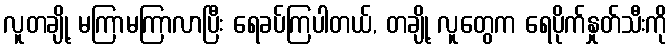
လူတချို့ မကြာမကြာလာပြီး ရေခပ်ကြပါတယ်, တချို့ လူတွေက ရေပိုက်နှုတ်သီးကို